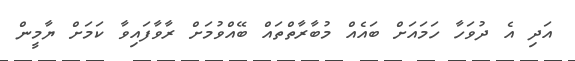
އަދި އެ ދުވަހާ ހަމައަށް ބައެއް މުބާރާތްތައް ބޭއްވުމަށް ރާވާފައިވާ ކަމަށް ޔާމީން